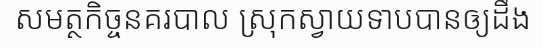
សមត្ថកិច្ចនគរបាល ស្រុកស្វាយទាបបានឲ្យដឹង